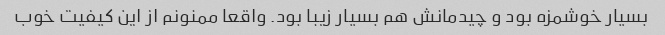
بسیار خوشمزه بود و چیدمانش هم بسیار زیبا بود. واقعا ممنونم از این کیفیت خوب